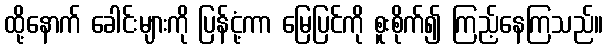
ထို့နောက် ခေါင်းများကို ပြန်ငုံ့ကာ မြေပြင်ကို စူးစိုက်၍ ကြည့်နေကြသည်။